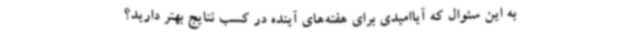
به این سئوال که آیاامیدی برای هفته‌های آینده در کسب نتایج بهتر دارید؟